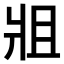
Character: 𤕲